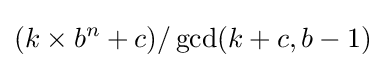
(k\times b^{n}+c)/\gcd(k+c,b-1)